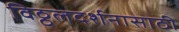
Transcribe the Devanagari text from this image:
विठ्ठलदर्शनासाठी